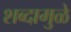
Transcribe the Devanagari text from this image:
शब्दामुळे